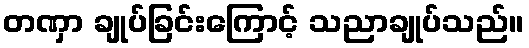
တဏှာ ချုပ်ခြင်းကြောင့် သညာချုပ်သည်။